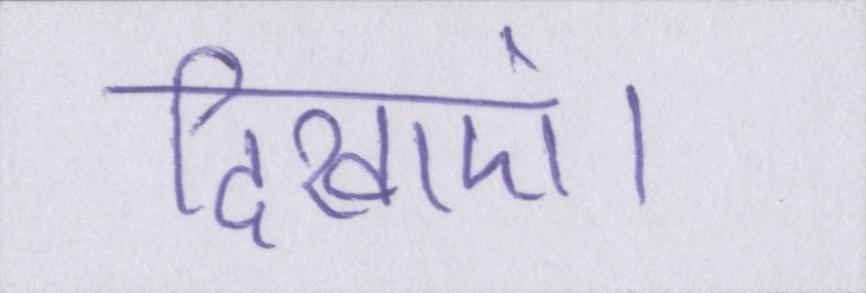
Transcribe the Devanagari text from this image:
दिखाएं।